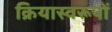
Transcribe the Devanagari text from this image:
क्रियास्वरूपों